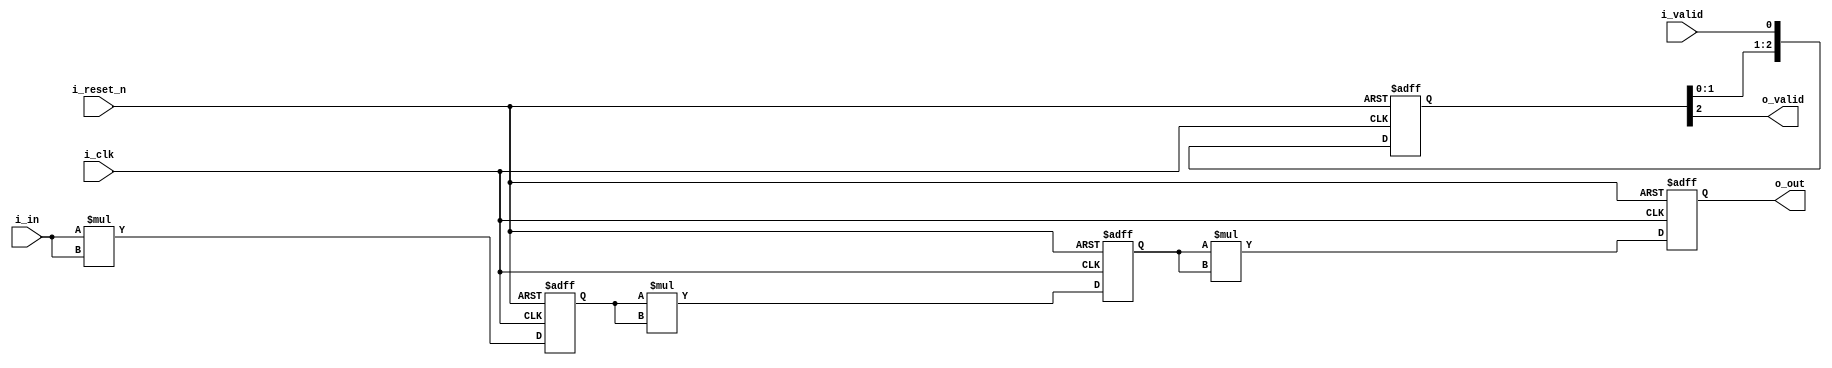
`timescale 1ns / 1ps

module exp_cal_8(
	input		i_clk,
	input		i_reset_n,
	input	[15:0]	i_in,		//operand of power of 8
	input		i_valid,

	output	[127:0]	o_out,		//output of power of 8
	output		o_valid		
);

	reg	[31:0]	r_pwr_of_2;
	reg	[63:0]	r_pwr_of_4;
	reg	[127:0]	r_pwr_of_8;

	reg	[2:0]	r_valid;

//Flow of power operation
	always @ (posedge i_clk or negedge i_reset_n) begin
		if(!i_reset_n) begin
			r_pwr_of_2 <= 32'd0;
			r_pwr_of_4 <= 64'd0;
			r_pwr_of_8 <= 128'd0;
		end
		else begin
			r_pwr_of_2 <= i_in * i_in;
			r_pwr_of_4 <= r_pwr_of_2 * r_pwr_of_2;
			r_pwr_of_8 <= r_pwr_of_4 * r_pwr_of_4;
		end
	end

//Flow of valid signal
	always @ (posedge i_clk or negedge i_reset_n) begin
		if(!i_reset_n) begin
			r_valid <= 3'd0;
		end
		else begin
			r_valid <= {r_valid[1:0], i_valid};
		end
	end

	assign o_out = r_pwr_of_8;
	assign o_valid = r_valid[2];
endmodule